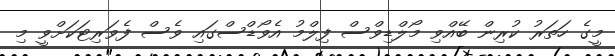
މީގެ ހަތަރު ކުރިން ބޭއްވި މޯލްޑިވްސް ފިލްމު އެވޯޑްސްގައި ވެސް ފެވަރިޓަކަށްވީ މި